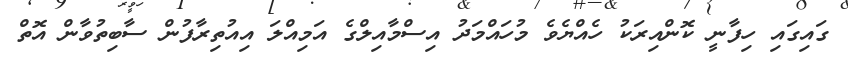
ގައިގައި ހިފާނީ ކޮންއިރަކު ހެއްޔެވެ މުހައްމަދު އިސްމާއިލްގެ އަމިއްލަ އިއުތިރާފުން ސާބިތުވާން އޮތް